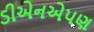
ડીએનએપણ